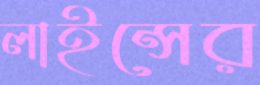
লাইন্সের